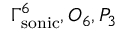
\Gamma _ { \mathrm { s o n i c } } ^ { 6 } , O _ { 6 } , P _ { 3 }